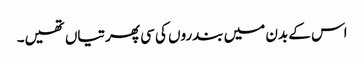
اس کے بدن میں بندروں کی سی پھرتیاں تھیں۔